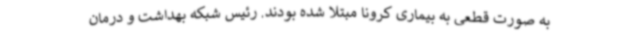
به صورت قطعی به بیماری کرونا مبتلا شده بودند. رئیس شبکه بهداشت و درمان